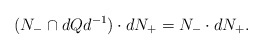
\begin{align*}(N_- \cap dQd^{-1}) \cdot d N_+ = N_- \cdot d N_+.\end{align*}